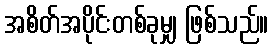
အစိတ်အပိုင်းတစ်ခုမျှ ဖြစ်သည်။